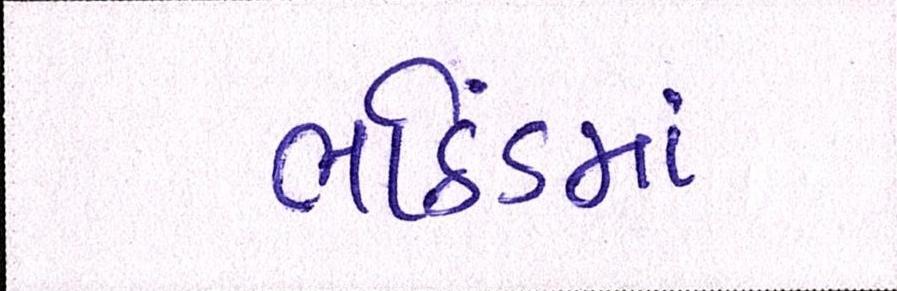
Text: ભઠિંડમાં